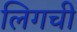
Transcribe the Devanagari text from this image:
लिगची